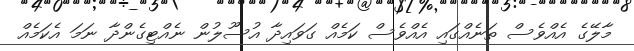
މާލޭގެ އެއްވެސް ތަނެއްގައި އެއްވެސް ކަމެއް ގަވައިދާ އުސޫލުން ނެއްޓިގެންދާ ނަމަ އެކަމެއް